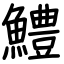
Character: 鱧